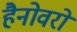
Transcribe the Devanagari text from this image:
हैनोवरों